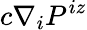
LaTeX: c\nabla_{i}P^{iz}